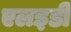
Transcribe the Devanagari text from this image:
एलइडी